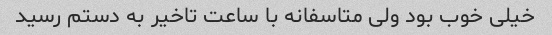
خیلی خوب بود ولی متاسفانه با ساعت تاخیر به دستم رسید